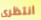
انتظرى